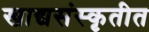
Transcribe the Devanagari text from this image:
खाद्यसंस्कृतीत